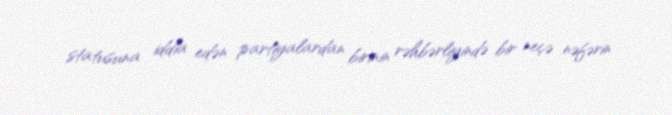
statusuna iddia edən partiyalardan birinin rəhbərliyində bir neçə nəfərin